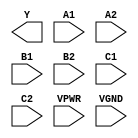
module sky130_fd_sc_hs__a222oi (
    Y   ,
    A1  ,
    A2  ,
    B1  ,
    B2  ,
    C1  ,
    C2  ,
    VPWR,
    VGND
);

    output Y   ;
    input  A1  ;
    input  A2  ;
    input  B1  ;
    input  B2  ;
    input  C1  ;
    input  C2  ;
    input  VPWR;
    input  VGND;
endmodule